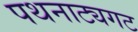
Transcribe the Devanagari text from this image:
पथनाट्यगट